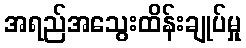
အရည်အသွေးထိန်းချုပ်မှု